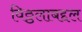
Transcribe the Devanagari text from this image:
विठ्ठलाबद्दल